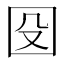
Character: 𡇀